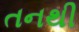
તનથી